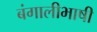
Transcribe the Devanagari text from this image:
बंगालीभाषी